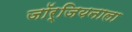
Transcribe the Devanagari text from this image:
जॉर्जियनाला